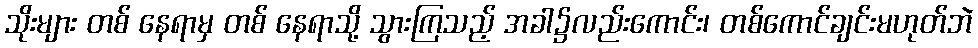
သိုးများ တစ် နေရာမှ တစ် နေရာသို့ သွားကြသည့် အခါ၌လည်းကောင်း၊ တစ်ကောင်ချင်းမဟုတ်ဘဲ